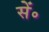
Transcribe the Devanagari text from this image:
सें॰